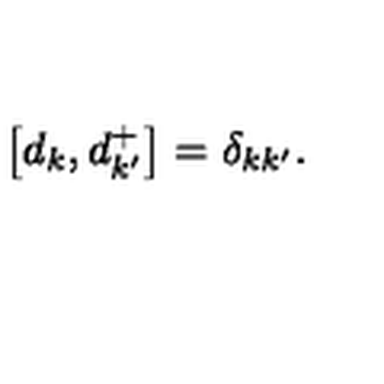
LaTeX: \left[ d _ { k } , d _ { k ^ { \prime } } ^ { + } \right] = \delta _ { k k ^ { \prime } } .